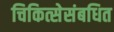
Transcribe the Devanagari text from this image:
चिकित्सेसंबधित